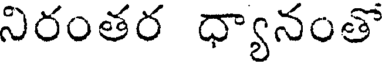
నిరంతర ధ్యానంతో